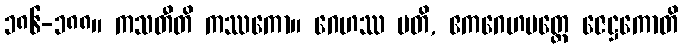
၁၈၆-၁၈၈။ ကသတီတိ ကဿကော။ ဂေဟဿ ပတိ, ဧကဂေဟမတ္တေ ဇေဋ္ဌကောတိ